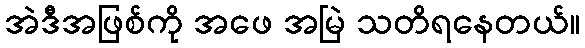
အဲဒီအဖြစ်ကို အဖေ အမြဲ သတိရနေတယ်။